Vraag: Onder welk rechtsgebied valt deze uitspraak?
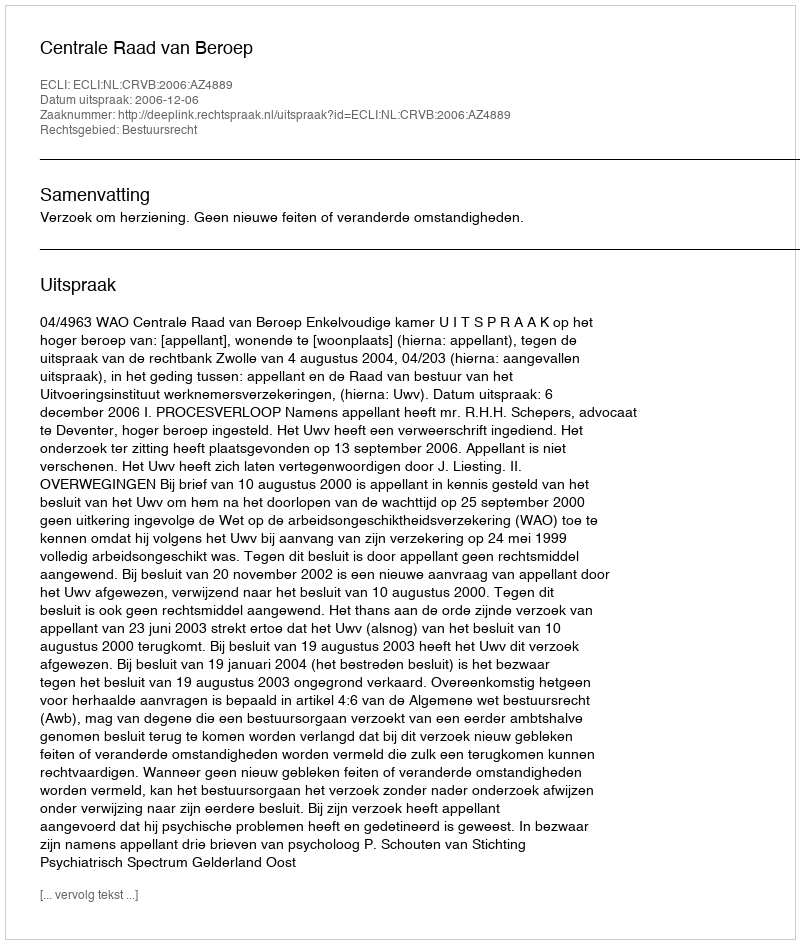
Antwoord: Bestuursrecht